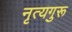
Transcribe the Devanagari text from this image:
नृत्यगुरू